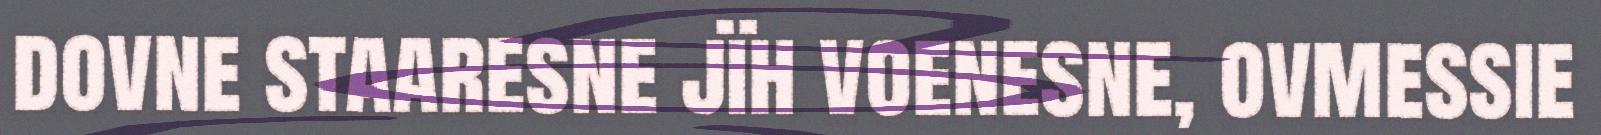
dovne staaresne jïh voenesne, ovmessie